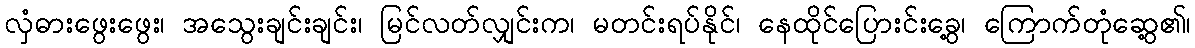
လှံဓားဖွေးဖွေး၊ အသွေးချင်းချင်း၊ မြင်လတ်လျှင်းက၊ မတင်းရပ်နိုင်၊ နေထိုင်ပြေားင်းခွေ့၊ ကြောက်တုံဆွေ့၏၊